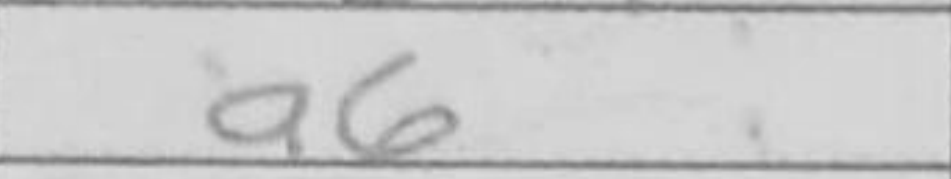
Transcription: a6